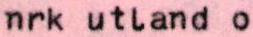
nrk utland o